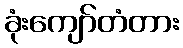
ခုံးကျော်တံတား